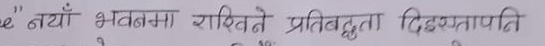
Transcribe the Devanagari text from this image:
"नयाँ भवनमा शक्तिले प्रतिबद्धता दिइरहेतापनि